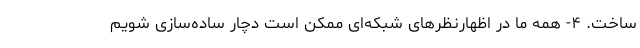
ساخت. ۴- همه ما در اظهارنظرهای شبکه‌ای ممکن است دچار ساده‌سازی شویم